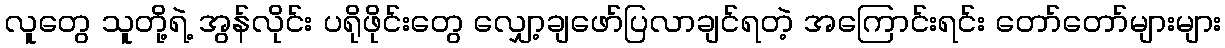
လူတွေ သူတို့ရဲ့ အွန်လိုင်း ပရိုဖိုင်းတွေ လျှော့ချဖော်ပြလာချင်ရတဲ့ အကြောင်းရင်း တော်တော်များများ